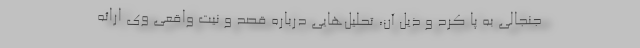
جنجالی به پا کرد و ذیل آن، تحلیل‌هایی درباره قصد و نیت واقعی وی ارائه